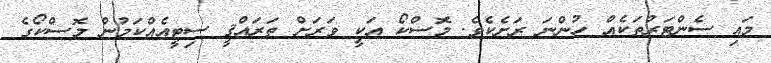
މައި ސެންޓަރުތަކެއް ހުންނަ ރަށެކެވެ. މޮސްކޯ އަކީ ވަރަށް ތަރައްޤީ ސިޓީއެއްކަމުން މޮސްކޯގެ